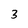
Character: 3